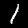
Digit: 1